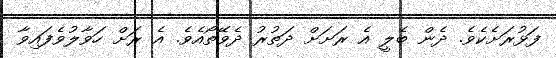
ފަޅުރަށެކެވެ. ދެން ބެލީ އެ ރަށަށް ދަތުރު ދެވޭތޯއެވެ. އެ ރަށް ހަވާލުވެފައިވާ